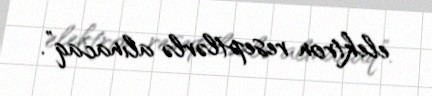
elektron reseptlərlə alınacaq”.